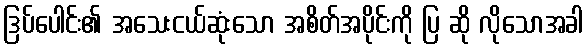
ဒြပ်ပေါင်း၏ အသေးငယ်ဆုံးသော အစိတ်အပိုင်းကို ပြ ဆို လိုသောအခါ